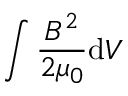
\int \frac { B ^ { 2 } } { 2 \mu _ { 0 } } \mathrm { d } V